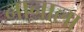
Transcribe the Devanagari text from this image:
नानाला